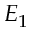
E _ { 1 }